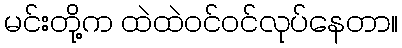
မင်းတို့က ထဲထဲဝင်ဝင်လုပ်နေတာ။